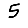
Digit: 5